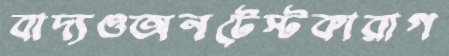
বাদ্যওঅনটেস্টকারাগ